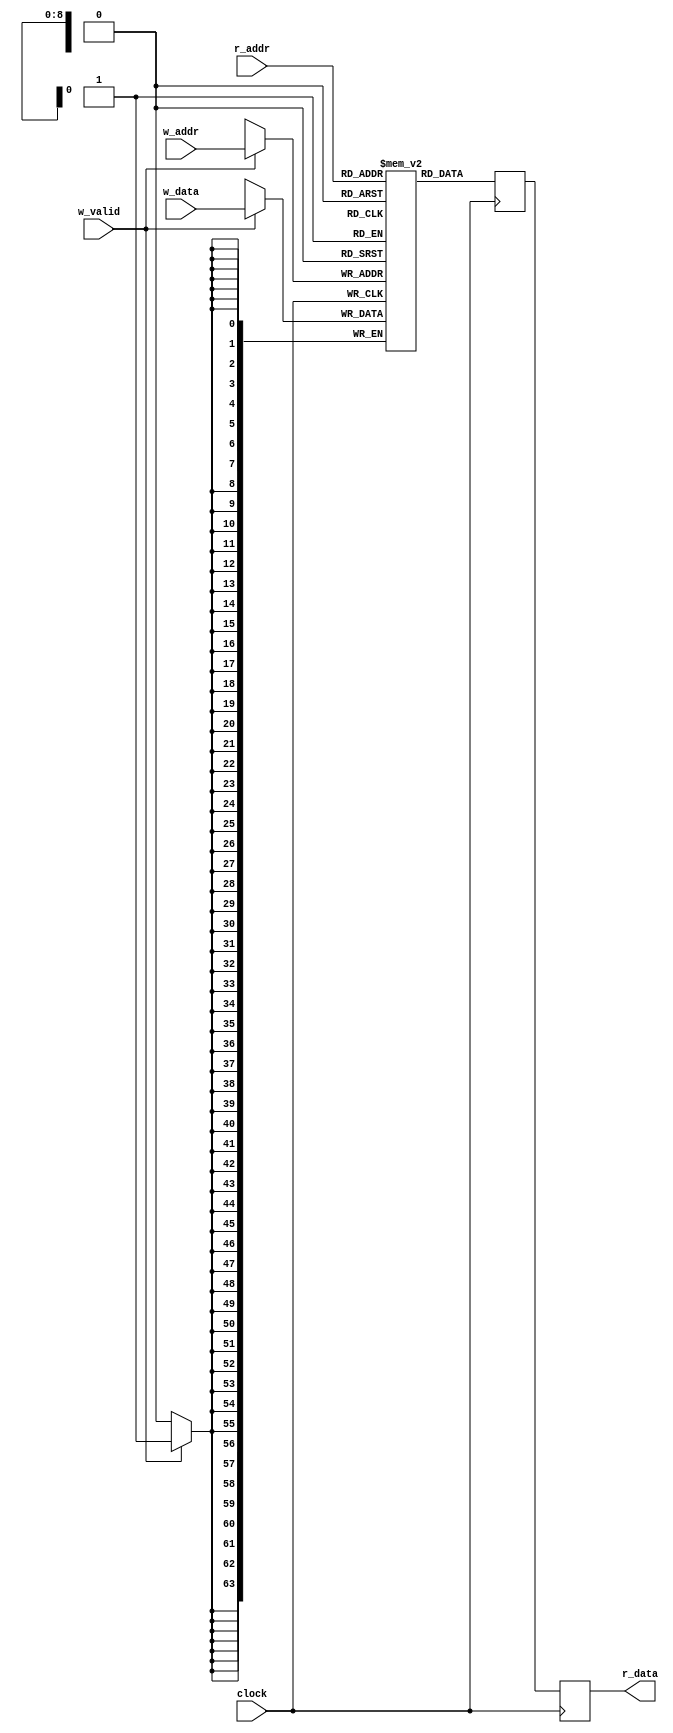
module block_ram
  (
   input 		  clock,
   input [DBITS-1:0] 	  w_data,
   input 		  w_valid,
   input [ABITS-1:0] 	  w_addr,
   output reg [DBITS-1:0] r_data,
   input [ABITS-1:0] 	  r_addr
   );
   parameter ABITS = 9;
   parameter DBITS = 64;
   reg [DBITS-1:0] 	  bram[0:2**ABITS-1];
   reg [DBITS-1:0] 	  bram_oreg;
   always @ (posedge clock)
     begin
	if(w_valid)
	  bram[w_addr] <= w_data;
	bram_oreg <= bram[r_addr];
	r_data <= bram_oreg;
     end
endmodule